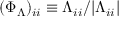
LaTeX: ( \Phi _ { \Lambda } ) _ { i i } \equiv \Lambda _ { i i } / | \Lambda _ { i i } |